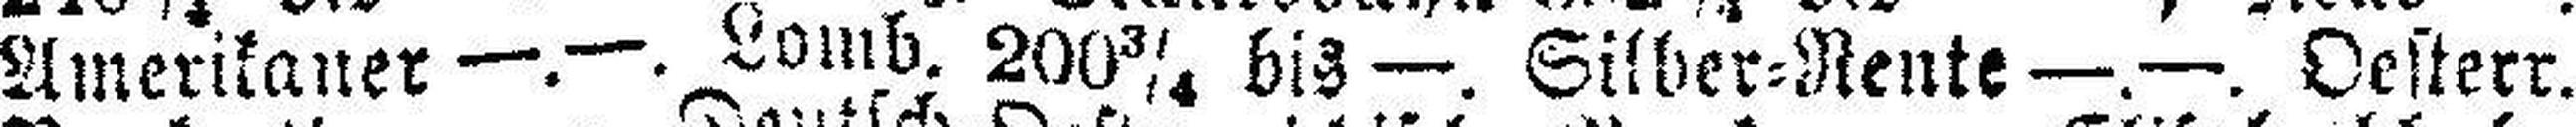
Amerikaner —.—. Lomb. 200¾ bis —. Silber=Rente —.—. Oesterr.